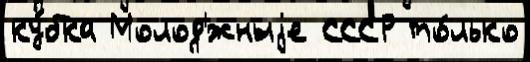
ку́бка Молод'́жныjе СССР то́лько